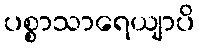
ပစ္စာသာရေယျာပိ